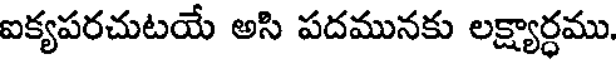
ఐక్యపరచుటయే అసి పదమునకు లక్ష్యార్ధము.